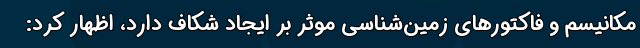
مکانیسم و فاکتورهای زمین‌شناسی موثر بر ایجاد شکاف دارد، اظهار کرد: